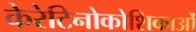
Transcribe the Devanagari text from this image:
केरेटिनोकोशिकाओं